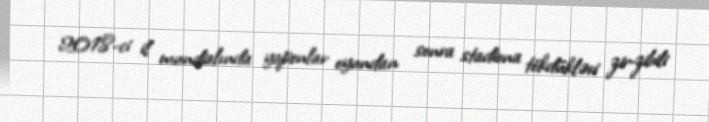
2018-ci il mundialında yaponlar oyundan sonra stadiona tökdükləri zir-zibili